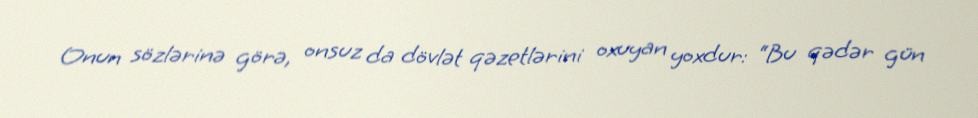
Onun sözlərinə görə, onsuz da dövlət qəzetlərini oxuyan yoxdur: “Bu qədər gün